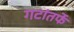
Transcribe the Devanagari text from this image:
गटांतर्फे